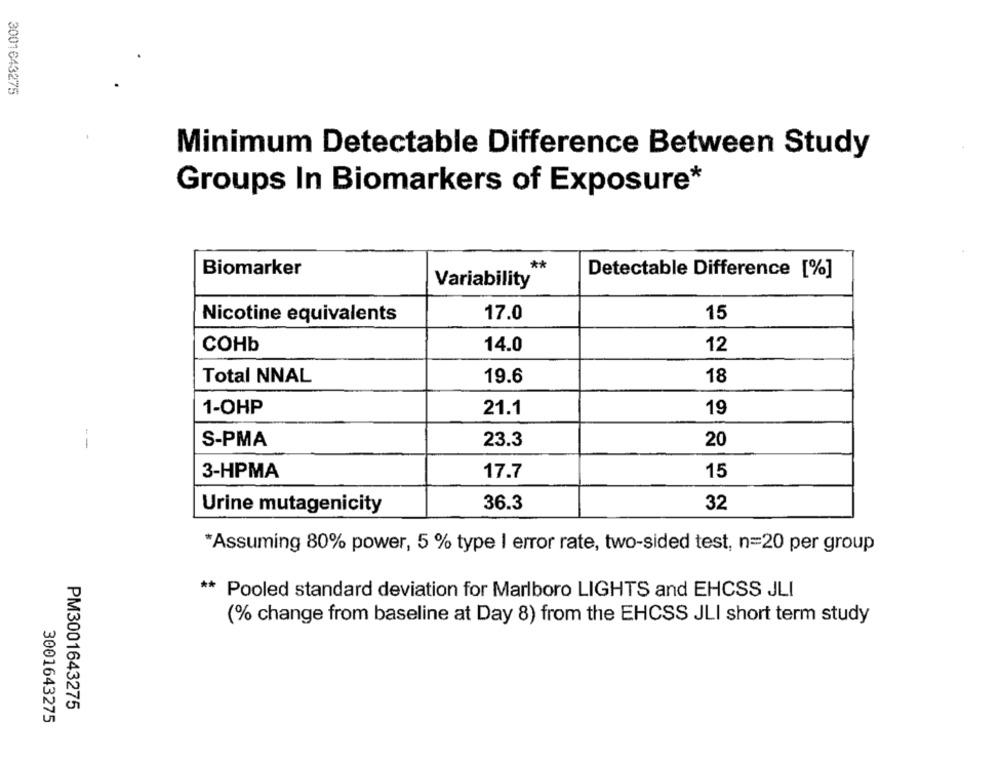
3001643275
Minimum Detectable Difference Between Study
Groups In Biomarkers of Exposure*
**
Biomarker
Detectable Difference [%]
Variability
15
Nicotine equivalents
17.0
COHb
14.0
12
Total NNAL
19.6
18
1-OHP
21.1
19
S-PMA
23.3
20
--
17.7
15
3-HPMA
32
Urine mutagenicity
36.3
*Assuming 80% power, 5 % type I error rate, two-sided test, n=20 per group
** Pooled standard deviation for Marlboro LIGHTS and EHCSS JLI
(% change from baseline at Day 8) from the EHCSS JLI short term study
PM3001643275
3001643275